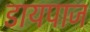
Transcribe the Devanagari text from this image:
डायपाज